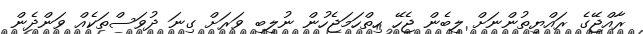
ރާއްޖޭގެ ރައްޔިތުންނަށް ލިބެން ޖެހޭ ހިތްހަމަޖެހުން ނުލިބި ވަރަށް ގިނަ ދުވަސްތަކެއް ވަންދެން